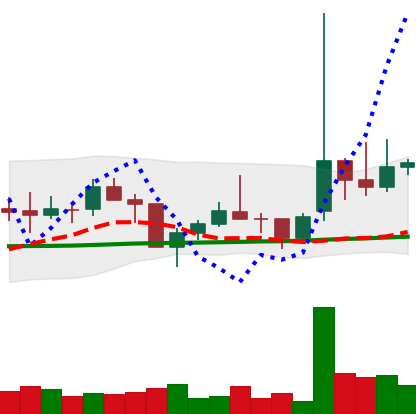
Ticker: TRX-USD
Chart end date: 2021-02-02
Forward return: 8.503%
Label: up_7plus